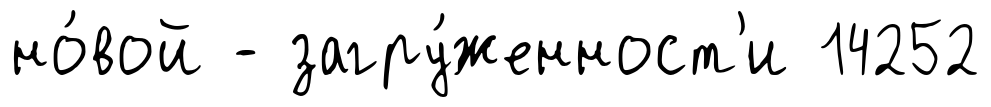
но́вой - загру́женност'и 14252